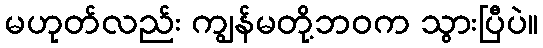
မဟုတ်လည်း ကျွန်မတို့ဘဝက သွားပြီပဲ။